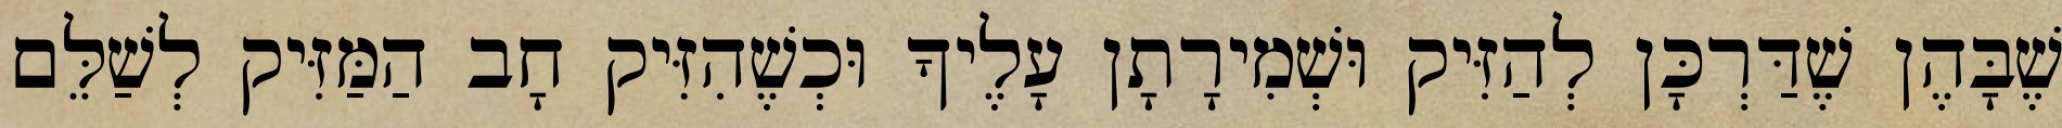
שֶׁבָּהֶן שֶׁדַּרְכָּן לְהַזִּיק וּשְׁמִירָתָן עָלֶיךָ וּכְשֶׁהִזִּיק חָב הַמַּזִּיק לְשַׁלֵּם